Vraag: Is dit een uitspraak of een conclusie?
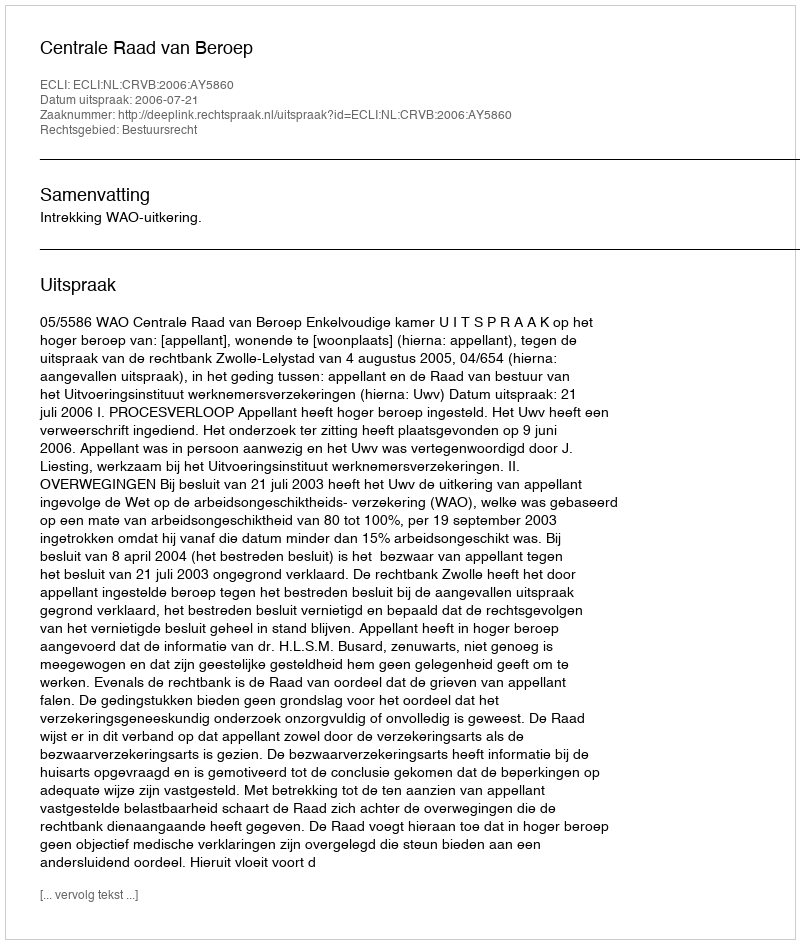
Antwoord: Uitspraak